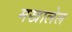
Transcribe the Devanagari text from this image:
मखालेल